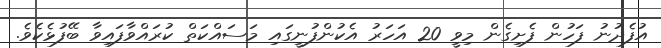
އުފެދުނު ފަހުން ފެށިގެން މިވީ 20 އަހަރު އެކުންފުނީގައި މަސައްކަތް ކުރައްވާފައިވާ ބޭފުޅެކެވެ.